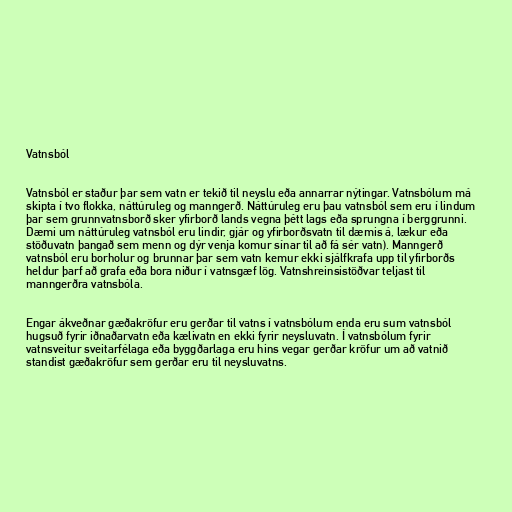
Vatnsból

Vatnsból er staður þar sem vatn er tekið til neyslu eða annarrar nýtingar. Vatnsbólum má
skipta í tvo flokka, náttúruleg og manngerð. Náttúruleg eru þau vatnsból sem eru í lindum
þar sem grunnvatnsborð sker yfirborð lands vegna þétt lags eða sprungna í berggrunni.
Dæmi um náttúruleg vatnsból eru lindir, gjár og yfirborðsvatn til dæmis á, lækur eða
stöðuvatn þangað sem menn og dýr venja komur sínar til að fá sér vatn). Manngerð
vatnsból eru borholur og brunnar þar sem vatn kemur ekki sjálfkrafa upp til yfirborðs
heldur þarf að grafa eða bora niður í vatnsgæf lög. Vatnshreinsistöðvar teljast til
manngerðra vatnsbóla.

Engar ákveðnar gæðakröfur eru gerðar til vatns í vatnsbólum enda eru sum vatnsból
hugsuð fyrir iðnaðarvatn eða kælivatn en ekki fyrir neysluvatn. Í vatnsbólum fyrir
vatnsveitur sveitarfélaga eða byggðarlaga eru hins vegar gerðar kröfur um að vatnið
standist gæðakröfur sem gerðar eru til neysluvatns.